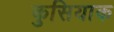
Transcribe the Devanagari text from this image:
कुसियाक